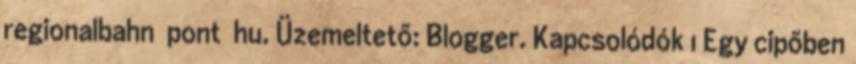
regionalbahn pont hu. Üzemeltető: Blogger. Kapcsolódók 1 Egy cipőben